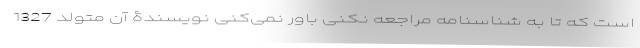
است که تا به شناسنامه مراجعه نکنی باور نمی‌کنی نویسندۀ آن متولد 1327